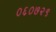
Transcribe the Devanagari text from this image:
०६०७२९